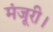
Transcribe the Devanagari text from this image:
मंजूरी।